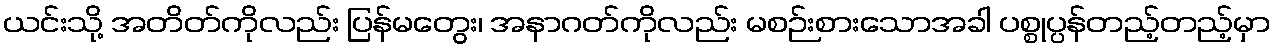
ယင်းသို့ အတိတ်ကိုလည်း ပြန်မတွေး၊ အနာဂတ်ကိုလည်း မစဉ်းစားသောအခါ ပစ္စုပ္ပန်တည့်တည့်မှာ